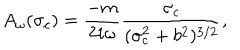
LaTeX: A _ { \omega } ( \sigma _ { c } ) = \frac { - m } { 2 i \omega } \frac { \sigma _ { c } } { ( \sigma _ { c } ^ { 2 } + b ^ { 2 } ) ^ { 3 / 2 } } ,